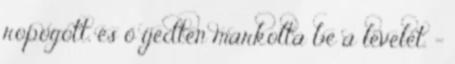
ropogott, és ő ijedten markolta be a levelet. -